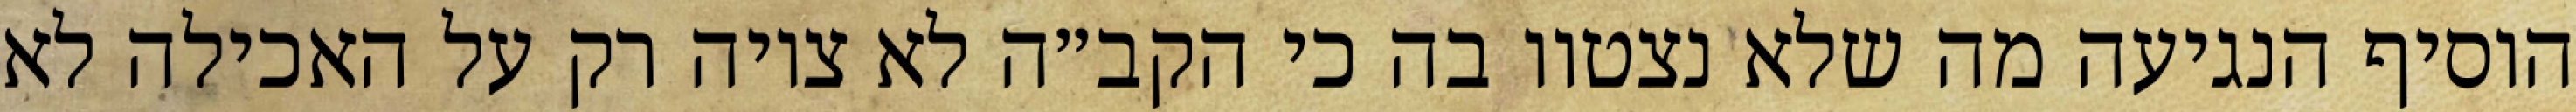
הוסיף הנגיעה מה שלא נצטוו בה כי הקב״ה לא ציוה רק על האכילה לא